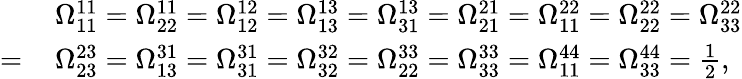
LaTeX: \begin{array}{rl}&{\Omega_{11}^{11}=\Omega_{22}^{11}=\Omega_{12}^{12}=\Omega_{13}^{13}=\Omega_{31}^{13}=\Omega_{21}^{21}=\Omega_{11}^{22}=\Omega_{22}^{22}=\Omega_{33}^{22}}\\ {=\, }&{\Omega_{23}^{23}=\Omega_{13}^{31}=\Omega_{31}^{31}=\Omega_{32}^{32}=\Omega_{22}^{33}=\Omega_{33}^{33}=\Omega_{11}^{44}=\Omega_{33}^{44}=\frac{1}{2},}\end{array}